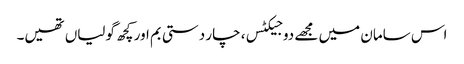
اس سامان میں مجھے دو جیکٹس، چار دستی بم اور کچھ گولیاں تھیں۔